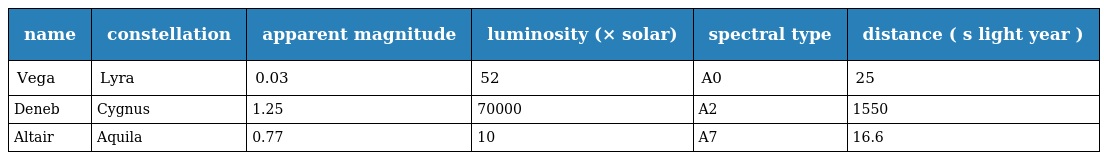
| name | constellation | apparent magnitude | luminosity (× solar) | spectral type | distance ( s light year ) |
 | --- | --- | --- | --- | --- | --- |
 | Vega | Lyra | 0.03 | 52 | A0 | 25 |
 | Deneb | Cygnus | 1.25 | 70000 | A2 | 1550 |
 | Altair | Aquila | 0.77 | 10 | A7 | 16.6 |